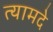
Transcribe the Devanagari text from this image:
त्यामदे